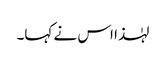
لہٰذا اس نے کہا۔